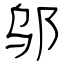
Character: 邬